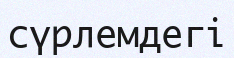
сүрлемдегі